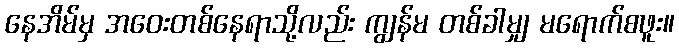
နေအိမ်မှ အဝေးတစ်နေရာသို့လည်း ကျွန်မ တစ်ခါမျှ မရောက်စဖူး။